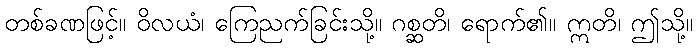
တစ်ခဏဖြင့်။ ဝိလယံ၊ ကြေညက်ခြင်းသို့။ ဂစ္ဆတိ၊ ရောက်၏။ ဣတိ၊ ဤသို့။